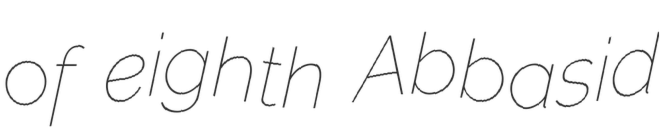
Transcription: of eighth Abbasid